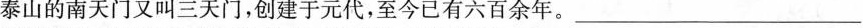
泰山的南天门又叫三天门，创建于元代，至今已有六百余年。____